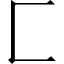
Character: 匚